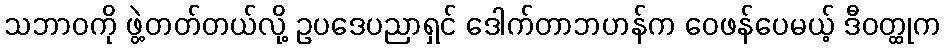
သဘာဝကို ဖွဲ့တတ်တယ်လို့ ဥပဒေပညာရှင် ဒေါက်တာဘဟန်က ဝေဖန်ပေမယ့် ဒီဝတ္ထုက